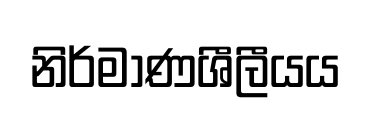
නිර්මාණශීලීයය